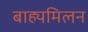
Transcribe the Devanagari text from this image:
बाह्यमिलन